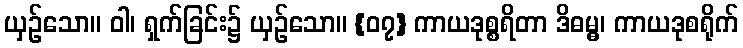
ယှဉ်သော။ ဝါ၊ ရှက်ခြင်း၌ ယှဉ်သော။ {၀၇} ကာယဒုစ္စရိတာ ဒိဓမ္မွ၊ ကာယဒုစရိုက်